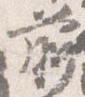
前